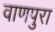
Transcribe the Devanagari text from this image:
वाणपुरा